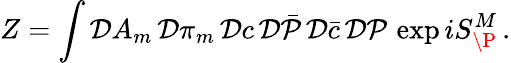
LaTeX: Z=\int{\cal D}A_{m}\, {\cal D}\pi_{m}\, {\cal D}c\, {\cal D}\bar{\cal P}\, {\cal D}\bar{c}\, {\cal D}{\cal P}\, \exp iS_{\P}^{M}\, .